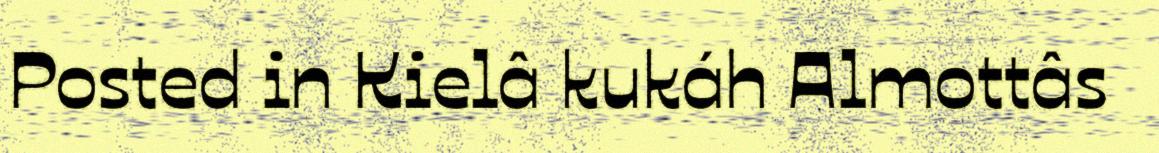
Posted in Kielâ kukáh Almottâs